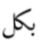
بكل